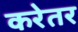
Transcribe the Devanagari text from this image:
करेतर